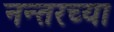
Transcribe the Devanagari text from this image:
नन्तरच्या